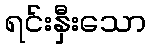
ရင်းနှီးသော